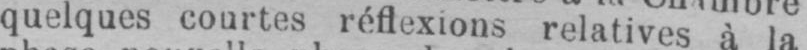
quelques courtes réflexions relatives à la